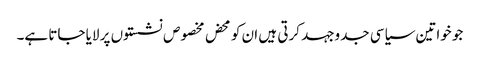
جو خواتین سیاسی جدوجہد کرتی ہیں ان کو محض مخصوص نشستوں پر لایا جاتا ہے۔